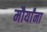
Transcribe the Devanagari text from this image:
मौर्यांना